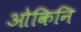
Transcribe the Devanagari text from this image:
ओकिनि